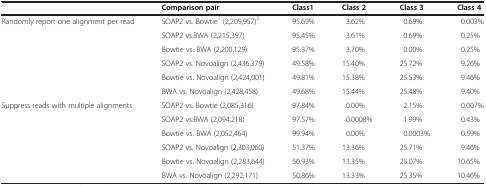
<table><thead><tr><td><b> </b></td><td><b>Comparison pair</b></td><td><b>Class1</b></td><td><b>Class 2</b></td><td><b>Class 3</b></td><td><b>Class 4</b></td></tr></thead><tbody><tr><td rowspan="6">Randomly report one alignment per read</td><td>SOAP2 vs. Bowtie<sup>1</sup> (2,209,957)<sup>2</sup></td><td>95.69%</td><td>3.62%</td><td>0.69%</td><td>0.003%</td></tr><tr><td>SOAP2 vs.BWA (2,215,397)</td><td>95.45%</td><td>3.61%</td><td>0.69%</td><td>0.25%</td></tr><tr><td>Bowtie vs. BWA (2,200,129)</td><td>95.37%</td><td>3.70%</td><td>0.00%</td><td>0.25%</td></tr><tr><td>SOAP2 vs. Novoalign (2,436,379)</td><td>49.58%</td><td>15.40%</td><td>25.72%</td><td>9.26%</td></tr><tr><td>Bowtie vs. Novoalign (2,424,001)</td><td>49.81%</td><td>15.38%</td><td>25.53%</td><td>9.46%</td></tr><tr><td>BWA vs. Novoalign (2,428,458)</td><td>49.68%</td><td>15.44%</td><td>25.48%</td><td>9.40%</td></tr><tr><td>Suppress reads with multiple alignments</td><td>SOAP2 vs. Bowtie (2,085,316)</td><td>97.84%</td><td>0.00%</td><td>2.15%</td><td>0.007%</td></tr><tr><td> </td><td>SOAP2 vs.BWA (2,094,218)</td><td>97.57%</td><td>0.0008%</td><td>1.99%</td><td>0.43%</td></tr><tr><td> </td><td>Bowtie vs. BWA (2,052,464)</td><td>99.94%</td><td>0.00%</td><td>0.0003%</td><td>0.59%</td></tr><tr><td> </td><td>SOAP2 vs. Novoalign (2,303,060)</td><td>51.37%</td><td>13.36%</td><td>25.71%</td><td>9.46%</td></tr><tr><td> </td><td>Bowtie vs. Novoalign (2,283,644)</td><td>50.93%</td><td>13.35%</td><td>25.07%</td><td>10.65%</td></tr><tr><td> </td><td>BWA vs. Novoalign (2,292,171)</td><td>50.86%</td><td>13.33%</td><td>25.35%</td><td>10.46%</td></tr></tbody></table>